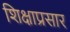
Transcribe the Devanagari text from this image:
शिक्षाप्रसार